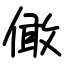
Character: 㒈